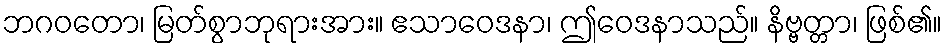
ဘဂဝတော၊ မြတ်စွာဘုရားအား။ ဧသာဝေဒနာ၊ ဤဝေဒနာသည်။ နိဗ္ဗတ္တာ၊ ဖြစ်၏။